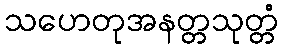
သဟေတုအနတ္တသုတ္တံ